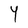
Character: Y